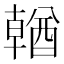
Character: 𨢈